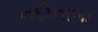
નદીનાળા